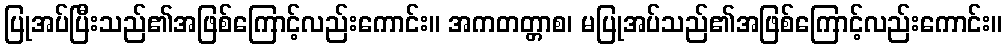
ပြုအပ်ပြီးသည်၏အဖြစ်ကြောင့်လည်းကောင်း။ အကတတ္တာစ၊ မပြုအပ်သည်၏အဖြစ်ကြောင့်လည်းကောင်း။